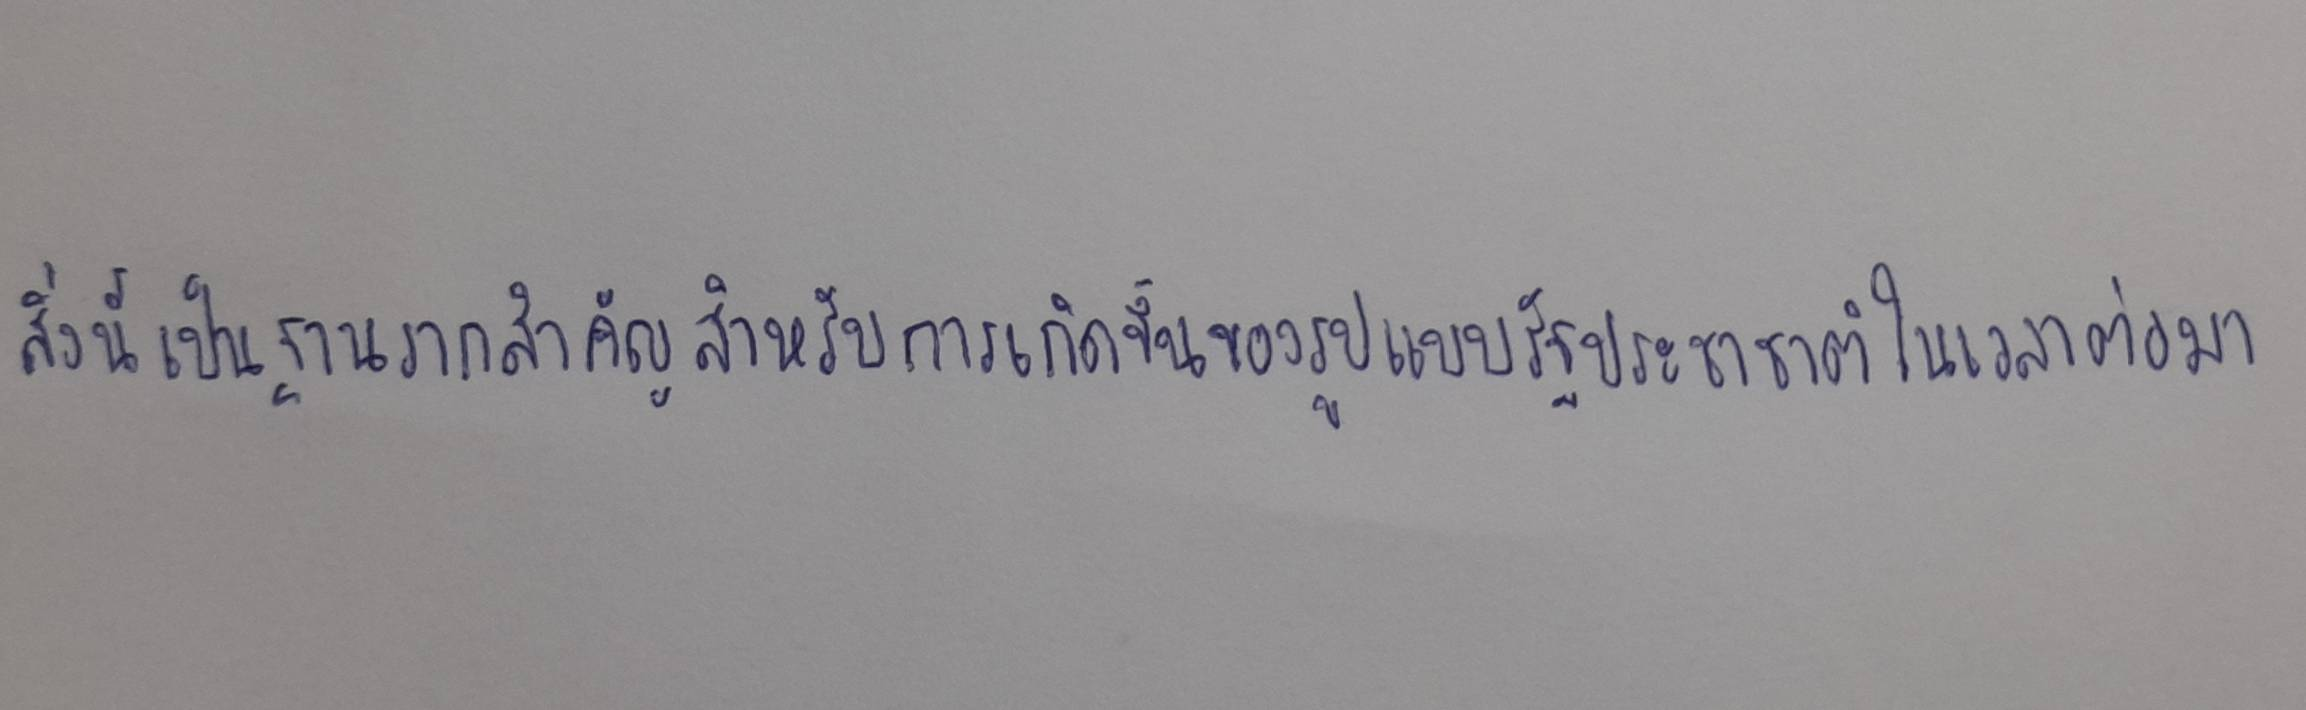
สิ่งนี้เป็นฐานรากสำคัญสำหรับการเกิดขึ้นของรูปแบบรัฐประชาชาติในเวลาต่อมา